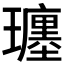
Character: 𤪮